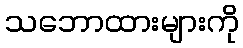
သဘောထားများကို